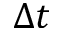
\Delta t